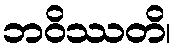
ဘဝိဿတိ၊